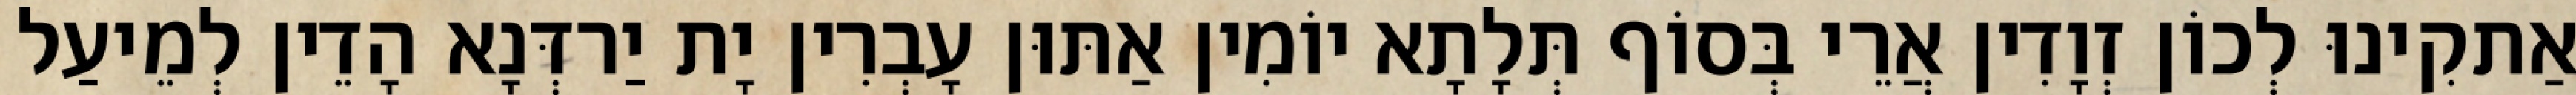
אַתקִינוּ לְכוֹן זְוָדִין אֲרֵי בְּסוֹף תְּלָתָא יוֹמִין אַתּוּן עָבְרִין יָת יַרדְּנָא הָדֵין לְמֵיעַל